Indian journal of veterinary science and animal husbandry - Volume 4,
Year: 1934
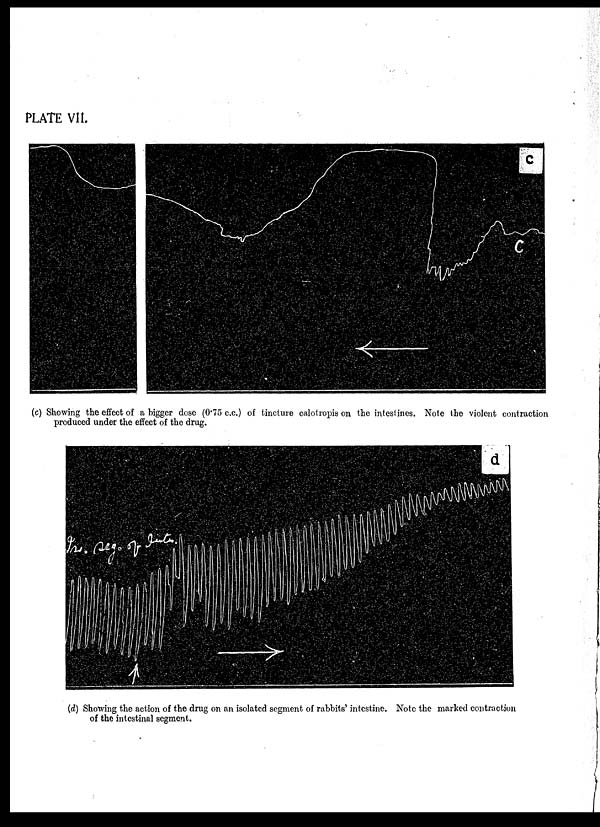
PLATE VII.
(c) Showing the effect of a bigger dose (0.75 c.c.) of tincture calotropis on the intestines. Note the violent contraction
produced under the effect of the drug.
(d) Showing the action of the drug on an isolated segment of rabbits' intestine. Note the marked contraction
of the intestinal segment.